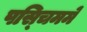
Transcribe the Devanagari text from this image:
पस्चिममे